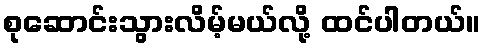
စုဆောင်းသွားလိမ့်မယ်လို့ ထင်ပါတယ်။